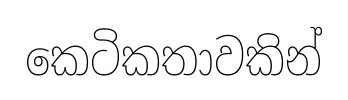
කෙටිකතාවකින්